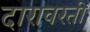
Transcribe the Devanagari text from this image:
दारावरती